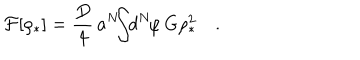
{ \cal F } [ \rho _ { * } ] = { \frac { D } { 4 } } \, a ^ { N } \! \! \! \int \! \! d ^ { N } \! \varphi \, G \rho _ { * } ^ { 2 } \quad .